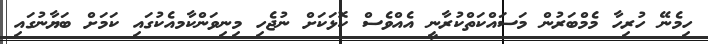
ހިމެނޭ ހުރިހާ މެމްބަރުން މަސައްކަތްކުރާނީ އެއްވެސް ކޮޅަކަށް ނުޖެހި މިނިވަންކާމއެކުގައި ކަމަށް ބަޔާނުގައި